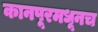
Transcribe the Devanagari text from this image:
कानपूरमधूनच